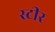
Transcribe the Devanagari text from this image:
स्टीर